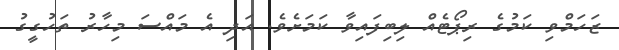
ޒަހަމްވި ކަމުގެ ރިޕޯޓެއް ލިބިފައިވާ ކަމަށެވެ. އަދި އެ މައްސަަ މިހާރު ތަހުގީގު